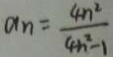
a _ { n } = \frac { 4 n ^ { 2 } } { 4 n ^ { 2 } - 1 }